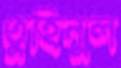
তুহিনুল